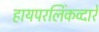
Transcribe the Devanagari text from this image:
हायपरलिंकव्दारे